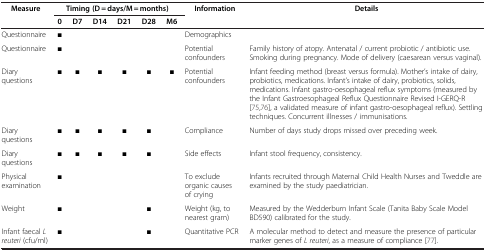
<table><thead><tr><td><b>Measure</b></td><td colspan="6"><b>Timing (D = days/M = months)</b></td><td><b>Information</b></td><td><b>Details</b></td></tr></thead><tbody><tr><td> </td><td><b>0</b></td><td><b>D7</b></td><td><b>D14</b></td><td><b>D21</b></td><td><b>D28</b></td><td><b>M6</b></td><td> </td><td> </td></tr><tr><td>Questionnaire</td><td>■</td><td> </td><td> </td><td> </td><td> </td><td> </td><td>Demographics</td><td> </td></tr><tr><td>Questionnaire</td><td>■</td><td> </td><td> </td><td> </td><td> </td><td> </td><td>Potential confounders</td><td>Family history of atopy. Antenatal / current probiotic / antibiotic use. Smoking during pregnancy. Mode of delivery (caesarean versus vaginal).</td></tr><tr><td>Diary questions</td><td>■</td><td>■</td><td>■</td><td>■</td><td>■</td><td>■</td><td>Potential confounders</td><td>Infant feeding method (breast versus formula). Mother’s intake of dairy, probiotics, medications. Infant’s intake of dairy, probiotics, solids, medications. Infant gastro-oesophageal reflux symptoms (measured by the Infant Gastroesophageal Reflux Questionnaire Revised I-GERQ-R [75,76], a validated measure of infant gastro-oesophageal reflux). Settling techniques. Concurrent illnesses / immunisations.</td></tr><tr><td>Diary questions</td><td>■</td><td>■</td><td>■</td><td>■</td><td>■</td><td> </td><td>Compliance</td><td>Number of days study drops missed over preceding week.</td></tr><tr><td>Diary questions</td><td>■</td><td>■</td><td>■</td><td>■</td><td>■</td><td> </td><td>Side effects</td><td>Infant stool frequency, consistency.</td></tr><tr><td>Physical examination</td><td>■</td><td> </td><td> </td><td> </td><td> </td><td> </td><td>To exclude organic causes of crying</td><td>Infants recruited through Maternal Child Health Nurses and Tweddle are examined by the study paediatrician.</td></tr><tr><td>Weight</td><td>■</td><td> </td><td> </td><td> </td><td>■</td><td> </td><td>Weight (kg, to nearest gram)</td><td>Measured by the Wedderburn Infant Scale (Tanita Baby Scale Model BD590) calibrated for the study.</td></tr><tr><td>Infant faecal <i>L reuteri</i> (cfu/ml)</td><td>■</td><td> </td><td> </td><td> </td><td>■</td><td> </td><td>Quantitative PCR</td><td>A molecular method to detect and measure the presence of particular marker genes of <i>L reuteri</i>, as a measure of compliance [77].</td></tr></tbody></table>